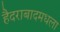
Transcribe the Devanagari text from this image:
हैदराबादमधला